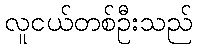
လူငယ်တစ်ဦးသည်